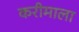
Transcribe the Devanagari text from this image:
करीमाला